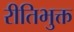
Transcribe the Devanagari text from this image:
रीतिभुक्त